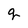
Character: q